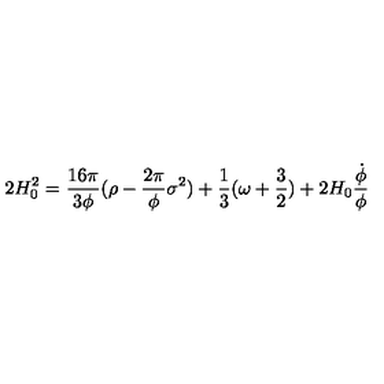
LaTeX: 2 H _ { 0 } ^ { 2 } = \frac { 1 6 { \pi } } { 3 { \phi } } ( { \rho } - \frac { 2 { \pi } } { \phi } { \sigma } ^ { 2 } ) + \frac { 1 } { 3 } ( { \omega } + \frac { 3 } { 2 } ) + 2 H _ { 0 } \frac { \dot { \phi } } { \phi }